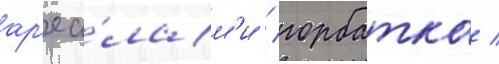
ар'еа́лам'и / горбатка /